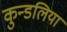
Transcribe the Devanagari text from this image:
कुन्डलिया